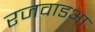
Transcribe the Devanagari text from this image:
रजवाडआ